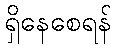
ရှိနေစေရန်